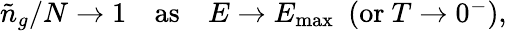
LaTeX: \begin{array}{r}{{\tilde{n}}_{g}/N\to 1\quad\mathrm{as}\quad E\to E_{\mathrm{max}}\ \ (\mathrm{or}\ T\to 0^{-}),}\end{array}